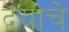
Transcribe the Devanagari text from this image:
द्वयाचे